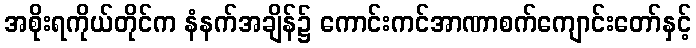
အစိုးရကိုယ်တိုင်က နံနက်အချိန်၌ ကောင်းကင်အာဏာစက်ကျောင်းတော်နှင့်